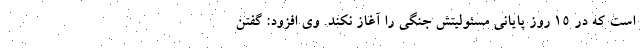
است که در ۱۵ روز پایانی مسئولیتش جنگی را آغاز نکند. وی افزود: گفتن